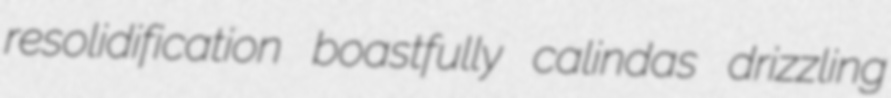
resolidification boastfully calindas drizzling